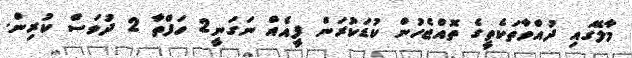
މާލޭގައި ދުއްވާތަކެތީގެ ތޮއްޖެހުން ކުޑަކުރަން ފީއެއް ނަގަނީ2 ހަފްތާ 2 ދުވަސް ކުރިން.